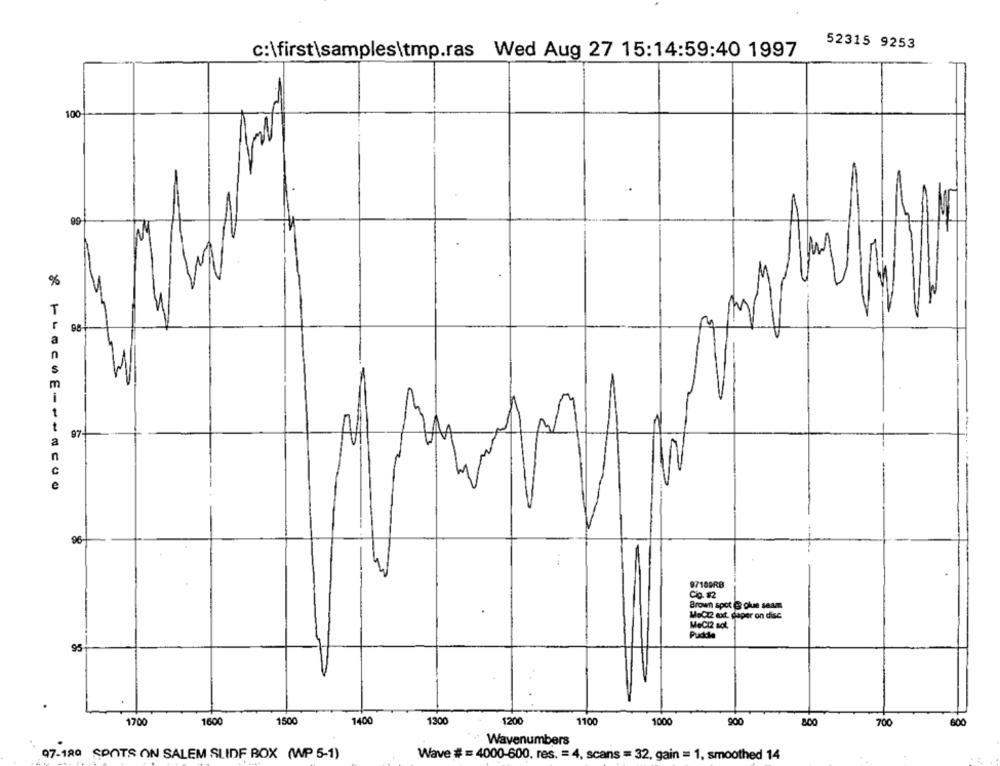
52315 9253
c:\first\samples\tmp.ras Wed Aug 27 15:14:59:40 1997
100
99
3
%
T
98
W
1
97-
96
97109RB
Can2
Brown spot @ olue seam
MoCI2 ext. daper on dise
MeCl2 sol.
Pudda
95
1700
1500
1200
1100
1600
1400
130
1000
900
800
700
600
Wavenumbers
97-180 SPOTS ON SALEM SLIDE BOX (WP 5-1)
Wave #= 4000-600. res. = 4, scans = 32, gain = 1, smoothed 14